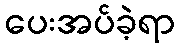
ပေးအပ်ခဲ့ရာ